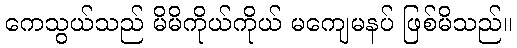
ကေသွယ်သည် မိမိကိုယ်ကိုယ် မကျေမနပ် ဖြစ်မိသည်။